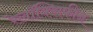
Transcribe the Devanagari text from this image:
रेलॉक्सिफीन